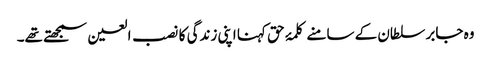
وہ جابر سلطان کے سامنے کلمۂ حق کہنا اپنی زندگی کا نصب العین سمجھتے تھے۔